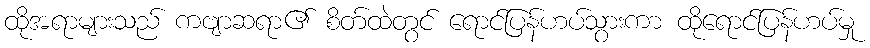
ထိုအရာများသည် ကဗျာဆရာ၏ စိတ်ထဲတွင် ရောင်ပြန်ဟပ်သွားကာ ထိုရောင်ပြန်ဟပ်မှု